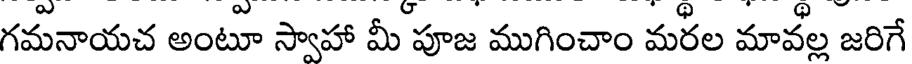
గమనాయచ అంటూ స్వాహా మీ పూజ ముగించాం మరల మావల్ల జరిగే